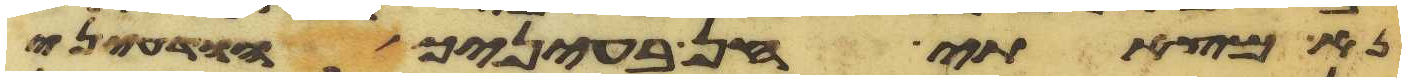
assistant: נא מצאתי חן בעיניך הודעני